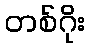
တစ်ဂိုး